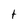
Character: t